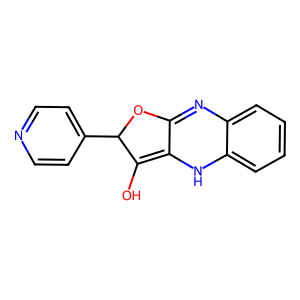
SMILES: OC1=C2Nc3ccccc3N=C2OC1c1ccncc1
Inhibits HIV replication: No